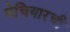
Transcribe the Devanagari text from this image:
मेचियारची